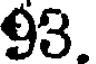
93.